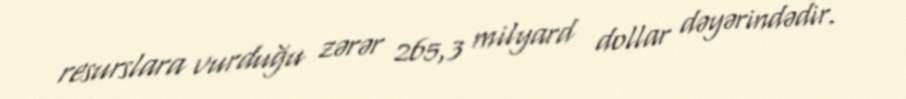
resurslara vurduğu zərər 265,3 milyard dollar dəyərindədir.